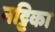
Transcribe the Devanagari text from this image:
नट्टिका